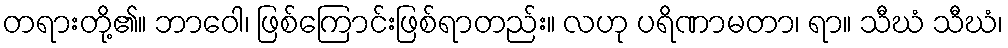
တရားတို့၏။ ဘာဝေါ၊ ဖြစ်ကြောင်းဖြစ်ရာတည်း။ လဟု ပရိဏာမတာ၊ ရာ။ သီဃံ သီဃံ၊